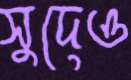
সুদেও